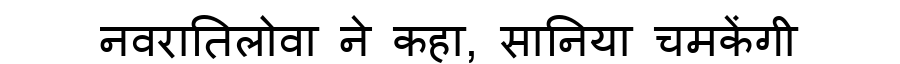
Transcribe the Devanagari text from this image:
नवरातिलोवा ने कहा, सानिया चमकेंगी